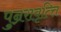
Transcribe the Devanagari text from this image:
पुन्ररावृत्त्ति